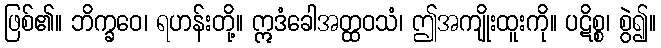
ဖြစ်၏။ ဘိက္ခဝေ၊ ရဟန်းတို့။ ဣဒံခေါအတ္ထဝသံ၊ ဤအကျိုးထူးကို။ ပဋိစ္စ၊ စွဲ၍။